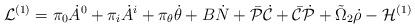
LaTeX: \begin{align*}{\cal L}^{(1)}=\pi_{0}\dot{A}^{0}+\pi_i\dot{A}^i+\pi_\theta\dot\theta+B\dot{N}+\bar{\cal P}\dot{\cal C}+\bar{\cal C}\dot{\cal P}+\tilde{\Omega}_{2}\dot\rho-{\cal H}^{(1)}\end{align*}